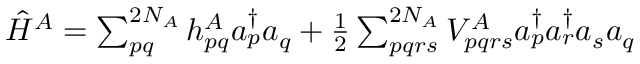
\begin{array} { r } { \hat { H } ^ { A } = \sum _ { p q } ^ { 2 N _ { A } } h _ { p q } ^ { A } a _ { p } ^ { \dagger } a _ { q } + \frac { 1 } { 2 } \sum _ { p q r s } ^ { 2 N _ { A } } V _ { p q r s } ^ { A } a _ { p } ^ { \dagger } a _ { r } ^ { \dagger } a _ { s } a _ { q } } \end{array}